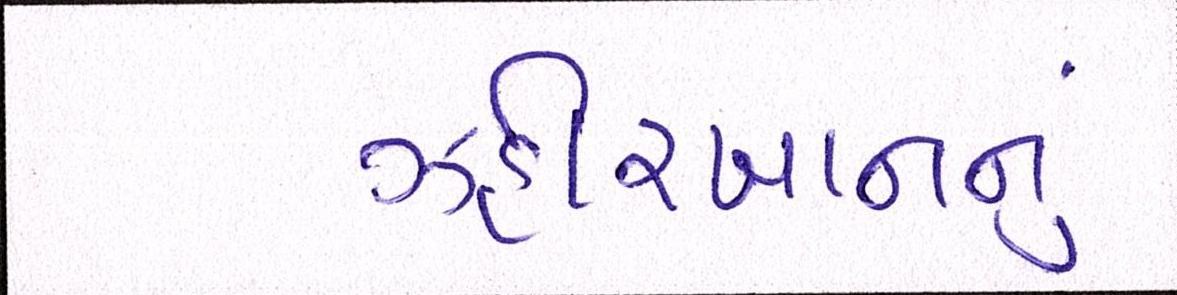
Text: ઝહીરખાનનું